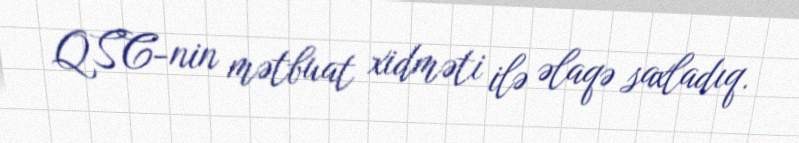
QSC-nin mətbuat xidməti ilə əlaqə saxladıq.